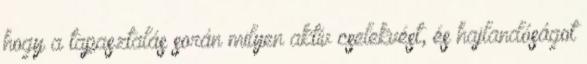
hogy a tapasztalás során milyen aktív cselekvést, és hajlandóságot